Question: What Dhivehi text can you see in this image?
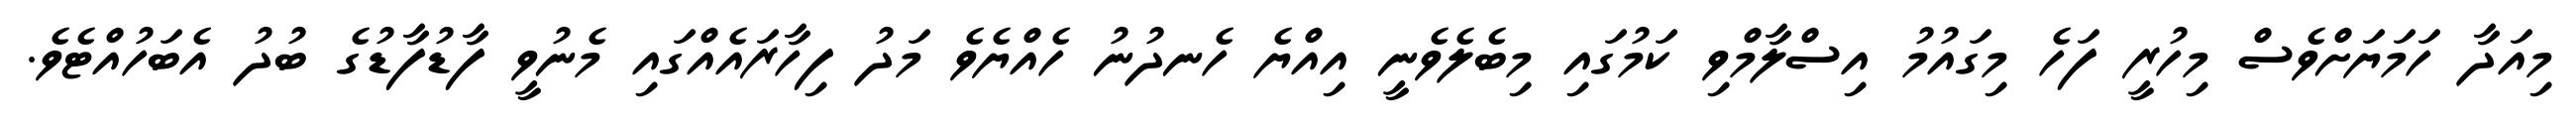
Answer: މިއަދާ ހަމަޔަށްވެސް މިހުރީ ފަހެ މިގައުމު އިސްލާމްވި ކަމުގައި މިބެލެވެނީ އިއްޔެ ހެނދުނު ހެއްޔެވެ މަދު ފިހާރައެއްގައި މެނުވީ ފާޑުފާޑުގެ ބުދު އެބަހުއްޓެވެ.